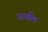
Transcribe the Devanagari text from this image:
वार्बल